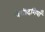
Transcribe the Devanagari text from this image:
पेचीदगियाँ